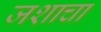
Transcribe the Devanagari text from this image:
जशाचा